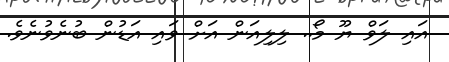
އައި ލަވް ޔޫ މޯ.. ލިލިއަން އަށް ވައި އަޑުން ބުނެވުނެވެ.